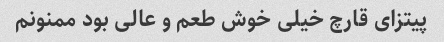
پیتزای قارچ خیلی خوش طعم و عالی بود ممنونم